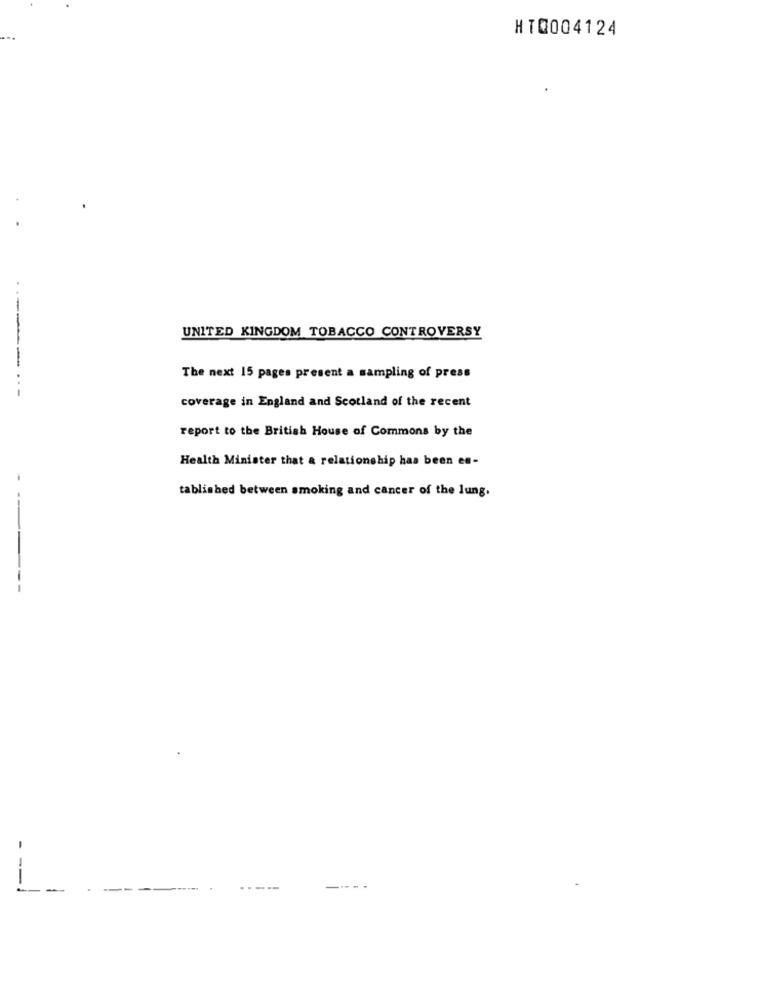
HTQ004124
UNITED KINGDOM TOBACCO CONTROVERSY
. .------
The next 15 pages present a sampling of press
coverage in England and Scotland of the recent
report to the British House of Commons by the
Health Minister that a relationship has been es-
tablished between smoking and cancer of the lung.
--